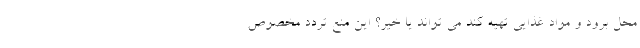
محل برود و مواد غذایی تهیه کند می تواند یا خیر؟ این منع تردد مخصوص